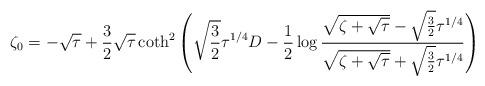
LaTeX: \begin{align*}\zeta_0 = -\sqrt\tau +{3\over 2}\sqrt\tau \coth^2\left (\sqrt{3\over 2}\tau^{1/4} D-{1\over 2}\log{\sqrt{\zeta+\sqrt\tau}-\sqrt{3\over 2}\tau^{1/4}\over\sqrt{\zeta+\sqrt\tau}+\sqrt{3\over 2}\tau^{1/4} }\right ) \end{align*}